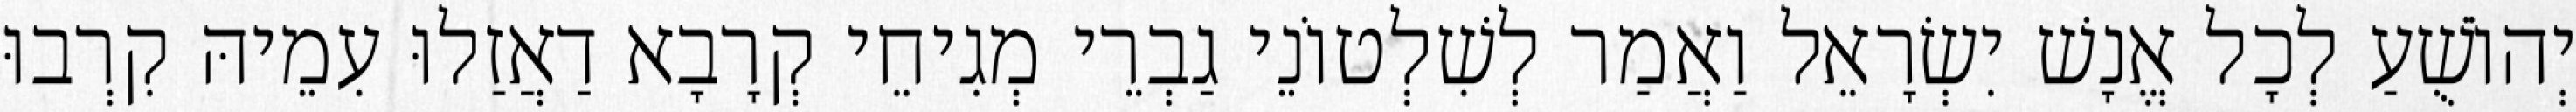
יְהוֹשֻׁעַ לְכָל אֱנָשׁ יִשְׂרָאֵל וַאֲמַר לְשִׁלְטוֹנֵי גַבְרֵי מְגִיחֵי קְרָבָא דַאֲזַלוּ עִמֵיהּ קִרְבוּ